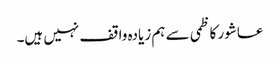
عاشور کاظمی سے ہم زیادہ واقف نہیں ہیں۔